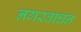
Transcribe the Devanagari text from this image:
नगरवाचन